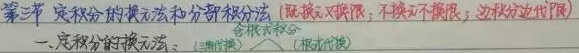
第三节 定积分的换元法和分部积分法（既换元又换限，不换元不换限；边积分边代限）
一、定积分的换元法：（三角代换  根式代换） 含根式积分